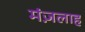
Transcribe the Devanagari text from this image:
मंज़लाह